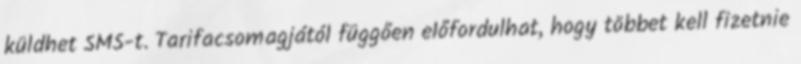
küldhet SMS-t. Tarifacsomagjától függően előfordulhat, hogy többet kell fizetnie